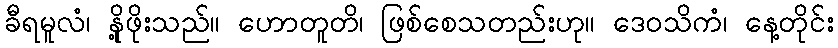
ခီရမူလံ၊ နို့ဖိုးသည်။ ဟောတူတိ၊ ဖြစ်စေသတည်းဟု။ ဒေဝသိကံ၊ နေ့တိုင်း